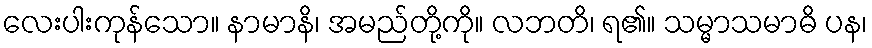
လေးပါးကုန်သော။ နာမာနိ၊ အမည်တို့ကို။ လဘတိ၊ ရ၏။ သမ္မာသမာဓိ ပန၊